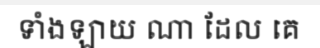
ទាំងឡាយ ណា ដែល គេ